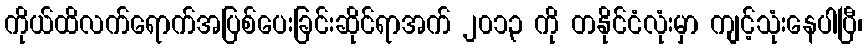
ကိုယ်ထိလက်ရောက်အပြစ်ပေးခြင်းဆိုင်ရာအက် ၂၀၁၃ ကို တနိုင်ငံလုံးမှာ ကျင့်သုံးနေပါပြီ၊